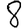
Digit: 8